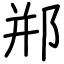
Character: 郱